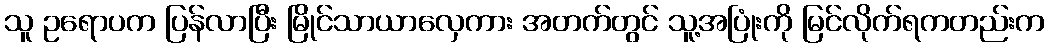
သူ ဥရောပက ပြန်လာပြီး မြိုင်သာယာလှေကား အတက်တွင် သူ့အပြုံးကို မြင်လိုက်ရကတည်းက